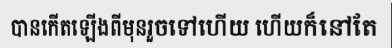
បានកើតឡើងពីមុនរួចទៅហើយ ហើយក៏នៅតែ